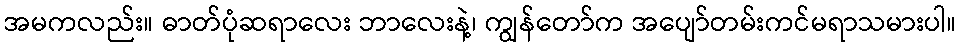
အမကလည်း။ ဓာတ်ပုံဆရာလေး ဘာလေးနဲ့၊ ကျွန်တော်က အပျော်တမ်းကင်မရာသမားပါ။